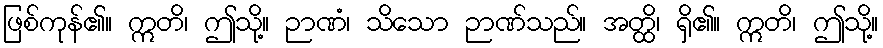
ဖြစ်ကုန်၏။ ဣတိ၊ ဤသို့။ ဉာဏံ၊ သိသော ဉာဏ်သည်။ အတ္ထိ၊ ရှိ၏။ ဣတိ၊ ဤသို့။